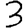
Digit: 3